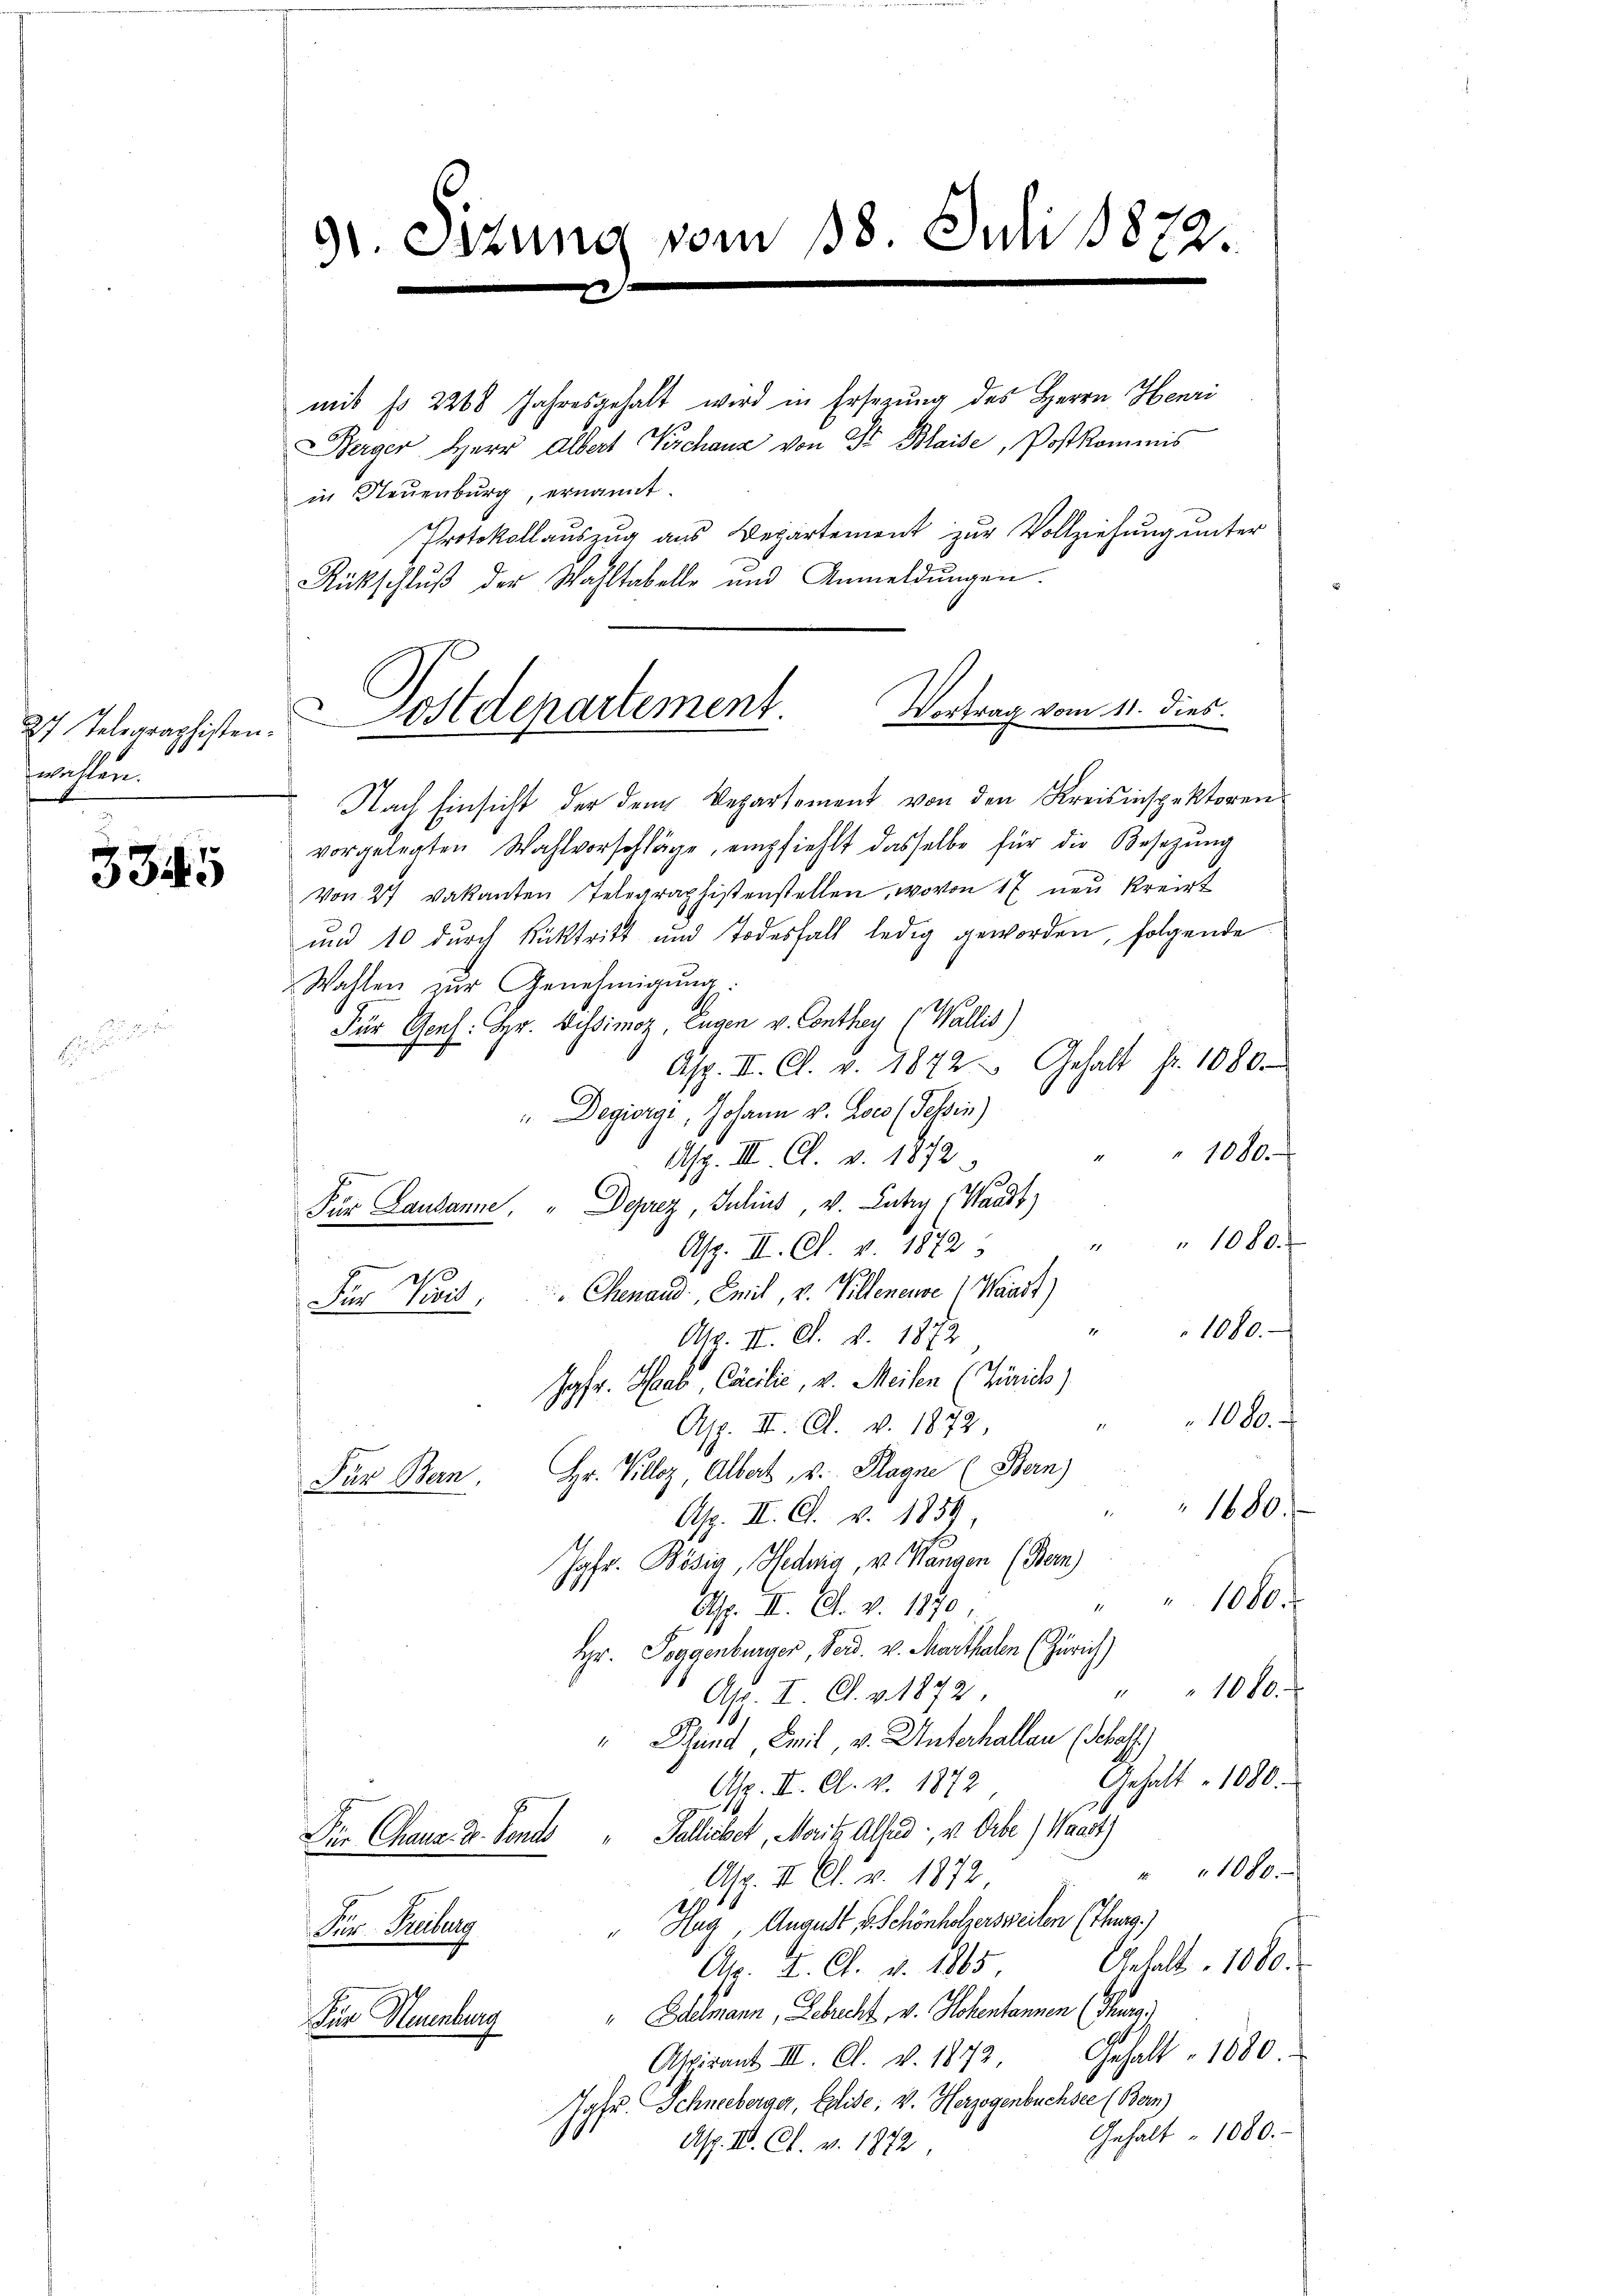
3345

27 Telegraphisten.
wollen.

91. Sizung vom 18. Juli 1872.

Berger Herr Albert Verschanz von Fr. Blaise, Postkommis
in Neuenburg, ernannt.
Rückschlŭβ der Wahltabelle und Anmeldŭngen.
Nach Einsicht der dem Departement von den Kreisinspektoren
vorgelegten Wahlvorschläge, empfiehlt dasselbe für die Besetzŭng
von 27 vakanten Telegraphistenstellen, wovon 17 neŭ Kreist
und 10 durch Rücktritt und Todesfall ledig geworden, folgende
Wahlen zur Genehmigung.
Für Gens: Hr. Bissimoz, Eugen v. Conthey (Wallis)
Asp. II. Cl. v. 1842 - Gehalt fr. 1080.
"Degiorgi, Johann v. Loco (Tessin)
1000.
Asp. III. A. v. 1872
Für Lausanne, „ Deprez, Julius, v. Lutry (Waadt)
1080.

Asp. II. A. v. 1872
d
Für Divis, Chenand Emil, v. Villeneuve (Waadt)
1080.
Asp. II. A. v. 1872
 22
Jgfr. Haab, Cacilić, v. Meilen (Zürich)
100. f
Asp. III. A. v. 1872
Hr. Kolloz, Albert, v. Plagne (Bern)
Für Bern,
1680.
Asp. II. C. v. 1859,
Jgfr. Bösig, Hedig, v. Wangen (Bern)
1080.
Asp. II. A. v. 1870
Hr. Poggenburger, Seid. v. Marthalen (Zürich)
1010.
11
Asp. I. A. v. 1872
" Stund, Emil v. Unterhallen (Schaft.
Gehalt 1080.
Asp. II. A. v. 1872
Dür Chanz. u. Ponto " Pallichet, Mait. Alles, v. Orbe) Waadt)
1080.
Asp. II. A. v. 1872
"Heg, August v. Schönholzersweilen (Thurg.)
Für Freiburg
Anhalt 1000.
A. F. C. v. 1865,
Für Neuenburg Edelmann, Lebrecht, v. Hohentannen (Thurg
Gehalt 1080.
Aspirant III. A. v. 1872,
Josu. Schneeberger, Elise, v. Herzogenbüchsee (Bern
Gehalt 1080.
Asp. II. Ct. v. 1872

Sostdepartement. Vortrag vom 11. dies

mit No 2268 Jahresgehalt wird in Ersezung des Herrn Henri
Protokollaŭszŭg ans Departement zŭr Vollziehŭng ŭnter